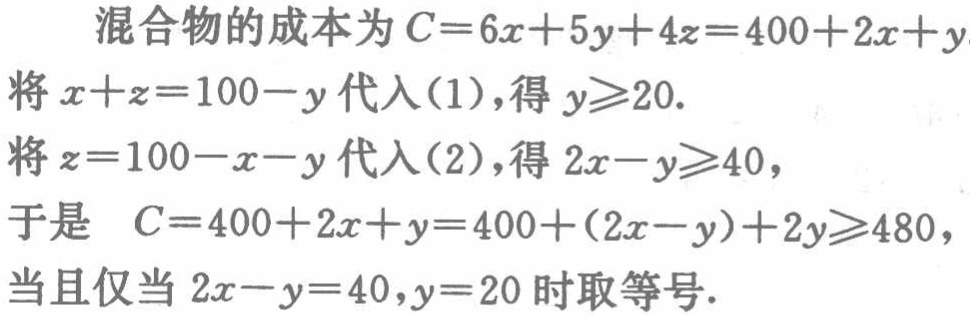
混合物的成本为\(C = 6x + 5y + 4z = 400 + 2x + y\)

将\(x + z = 100 - y\)代入\((1)\)，得\(y\geqslant20\).

将\(z = 100 - x - y\)代入\((2)\)，得\(2x - y\geqslant40\)，

于是 \(C = 400 + 2x + y = 400 + (2x - y)+2y\geqslant480\)，

当且仅当\(2x - y = 40,y = 20\)时取等号.